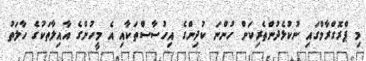
މި ޕްރޮގްރާމްގައި ނުކުޅެދުންތެރިކަން ހުންނަ ކުދިންގެ އިހުސާސްތަކާއި އެ މީހުންގެ އާއިލާތަކުގެ ހާލަތު